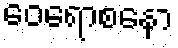
ဝေရောစနော